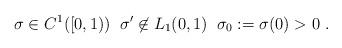
LaTeX: \begin{align*}\sigma\in C^1([0,1)) \; \; \sigma'\not\in L_1(0,1)\;\; \sigma_0 := \sigma(0) >0 \ . \end{align*}